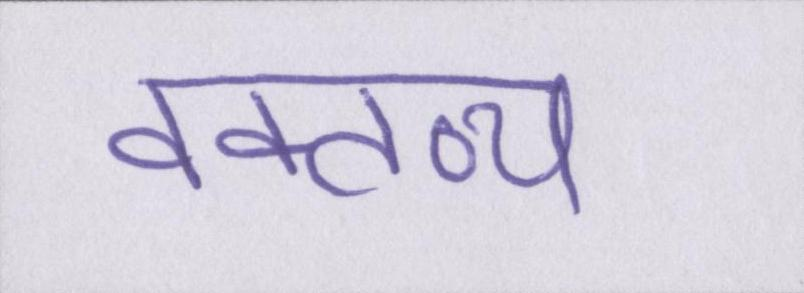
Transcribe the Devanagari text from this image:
वक्तव्य